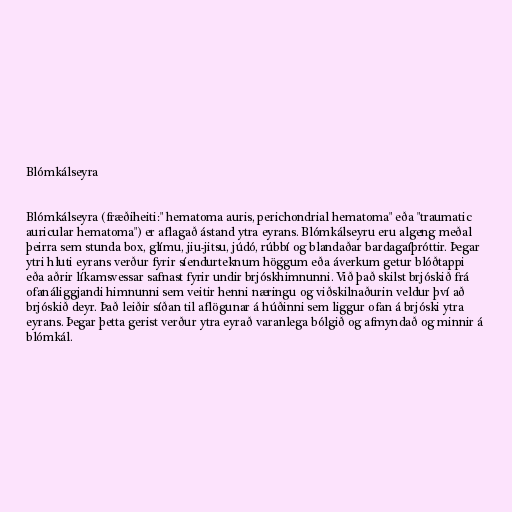
Blómkálseyra

Blómkálseyra (fræðiheiti:" hematoma auris, perichondrial hematoma" eða "traumatic
auricular hematoma") er aflagað ástand ytra eyrans. Blómkálseyru eru algeng meðal
þeirra sem stunda box, glímu, jiu-jitsu, júdó, rúbbí og blandaðar bardagaíþróttir. Þegar
ytri hluti eyrans verður fyrir síendurteknum höggum eða áverkum getur blóðtappi
eða aðrir líkamsvessar safnast fyrir undir brjóskhimnunni. Við það skilst brjóskið frá
ofanáliggjandi himnunni sem veitir henni næringu og viðskilnaðurin veldur því að
brjóskið deyr. Það leiðir síðan til aflögunar á húðinni sem liggur ofan á brjóski ytra
eyrans. Þegar þetta gerist verður ytra eyrað varanlega bólgið og afmyndað og minnir á
blómkál.